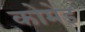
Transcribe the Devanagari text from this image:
कोमेइ